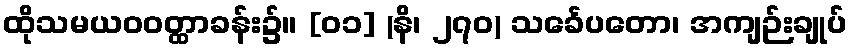
ထိုသမယဝဝတ္ထာခန်း၌။ [၀၁] (နိ၊ ၂၇၀) သင်္ခေပတော၊ အကျဉ်းချုပ်